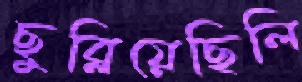
ছুব্‌লিয়েছিলি